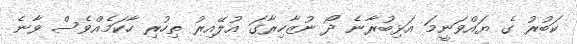
ކަބުރު ގެ ޔައްވަނީމަ އަޅިބުރާނެ ދޯ ނުޒާހިރާގަ އުލޭއިރު ތިހުރި ހާކަމެއްވެސް ވާނެ